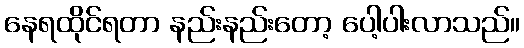
နေရထိုင်ရတာ နည်းနည်းတော့ ပေါ့ပါးလာသည်။